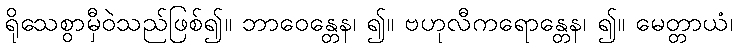
ရိုသေစွာမှီဝဲသည်ဖြစ်၍။ ဘာဝေန္တေန၊ ၍။ ဗဟုလီကရောန္တေန၊ ၍။ မေတ္တာယံ၊